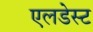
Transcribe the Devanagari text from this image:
एलडेस्ट